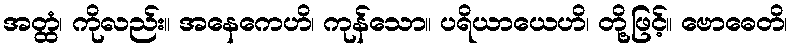
အတ္ထံ၊ ကိုလည်း။ အနေကေဟိ၊ ကုန်သော။ ပရိယာယေဟိ၊ တို့ဖြင့်။ ဗောဓေတိ၊